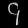
Digit: ၄